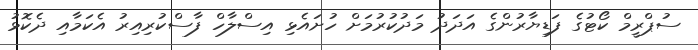
ސުޕްރީމް ކޯޓުގެ ފަޑިޔާރުންގެ އަދަދު މަދުކުުރުމަށް ހުށައެޅި އިސްލާހް ފާސްކުރިއިރު އެކަމާއި ދެކޮޅު